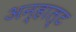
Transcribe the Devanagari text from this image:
अन्हाल्ट